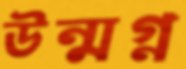
উন্মগ্ন